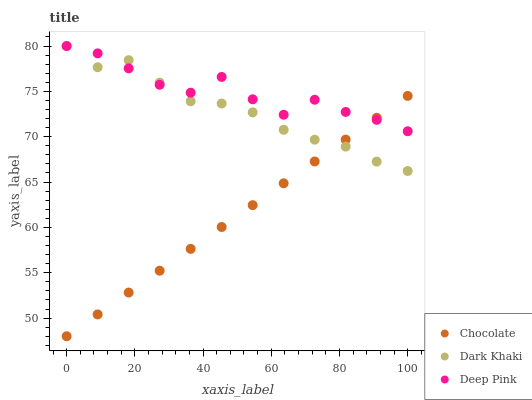
| xaxis_label | Chocolate | Dark Khaki | Deep Pink |
 | --- | --- | --- | --- |
 | 0 | 48 | 80 | 80 |
 | 9.09 | 50.4 | 77.7 | 79.2 |
 | 18.2 | 52.8 | 78.4 | 77.5 |
 | 27.3 | 55.2 | 76 | 75.7 |
 | 36.4 | 57.6 | 73.9 | 74.9 |
 | 45.5 | 60 | 73.7 | 76.6 |
 | 54.5 | 62.5 | 72.7 | 74.1 |
 | 63.6 | 64.9 | 70.8 | 72.4 |
 | 72.7 | 67.3 | 69.7 | 74.1 |
 | 81.8 | 69.7 | 68.9 | 72.7 |
 | 90.9 | 72.1 | 67.3 | 71.9 |
 | 100 | 74.5 | 66.2 | 70.6 |